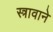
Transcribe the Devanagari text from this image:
स्त्रावाने